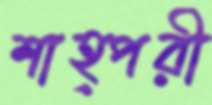
শাহ্পরী